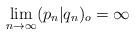
LaTeX: \begin{align*}\lim_{n \rightarrow \infty} (p_n|q_n)_o = \infty\end{align*}